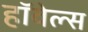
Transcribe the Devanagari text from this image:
हॉवेल्स